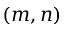
( m , n )